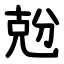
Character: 兝